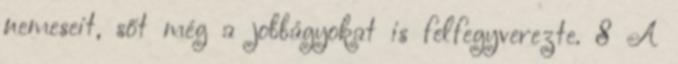
nemeseit, sőt még a jobbágyokat is felfegyverezte. 8 A